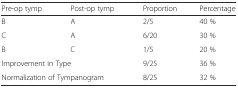
| Pre-op tymp | Post-op tymp | Proportion | Percentage |
 | --- | --- | --- | --- |
 | B | A | 2/5 | 40 % |
 | C | A | 6/20 | 30 % |
 | B | C | 1/5 | 20 % |
 | <COLSPAN=2> Improvement in Type | 9/25 | 36 % |
 | <COLSPAN=2> Normalization of Tympanogram | 8/25 | 32 % |